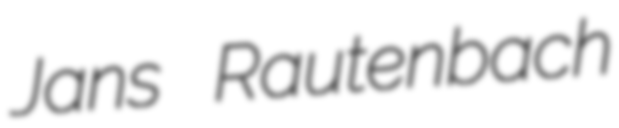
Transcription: Jans Rautenbach